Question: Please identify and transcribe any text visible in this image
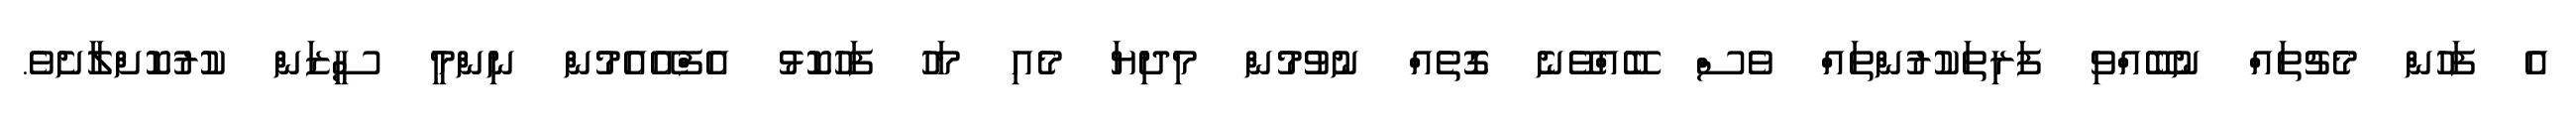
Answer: އެ ފަހުން މެޗުތައް ނުބޭއްވި ފަރިތަކުރުންތައް ވެސް ބޭއްވޭނެ ގޮތެއް ނުވުމުން މިދިޔަ މެއި މަހު ފަހުކޮޅު އެފްއޭއެމުން ނިންމީ ސީޒަން ކުރުކޮށްލާށެވެ.